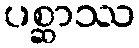
ပစ္ဆာဿ